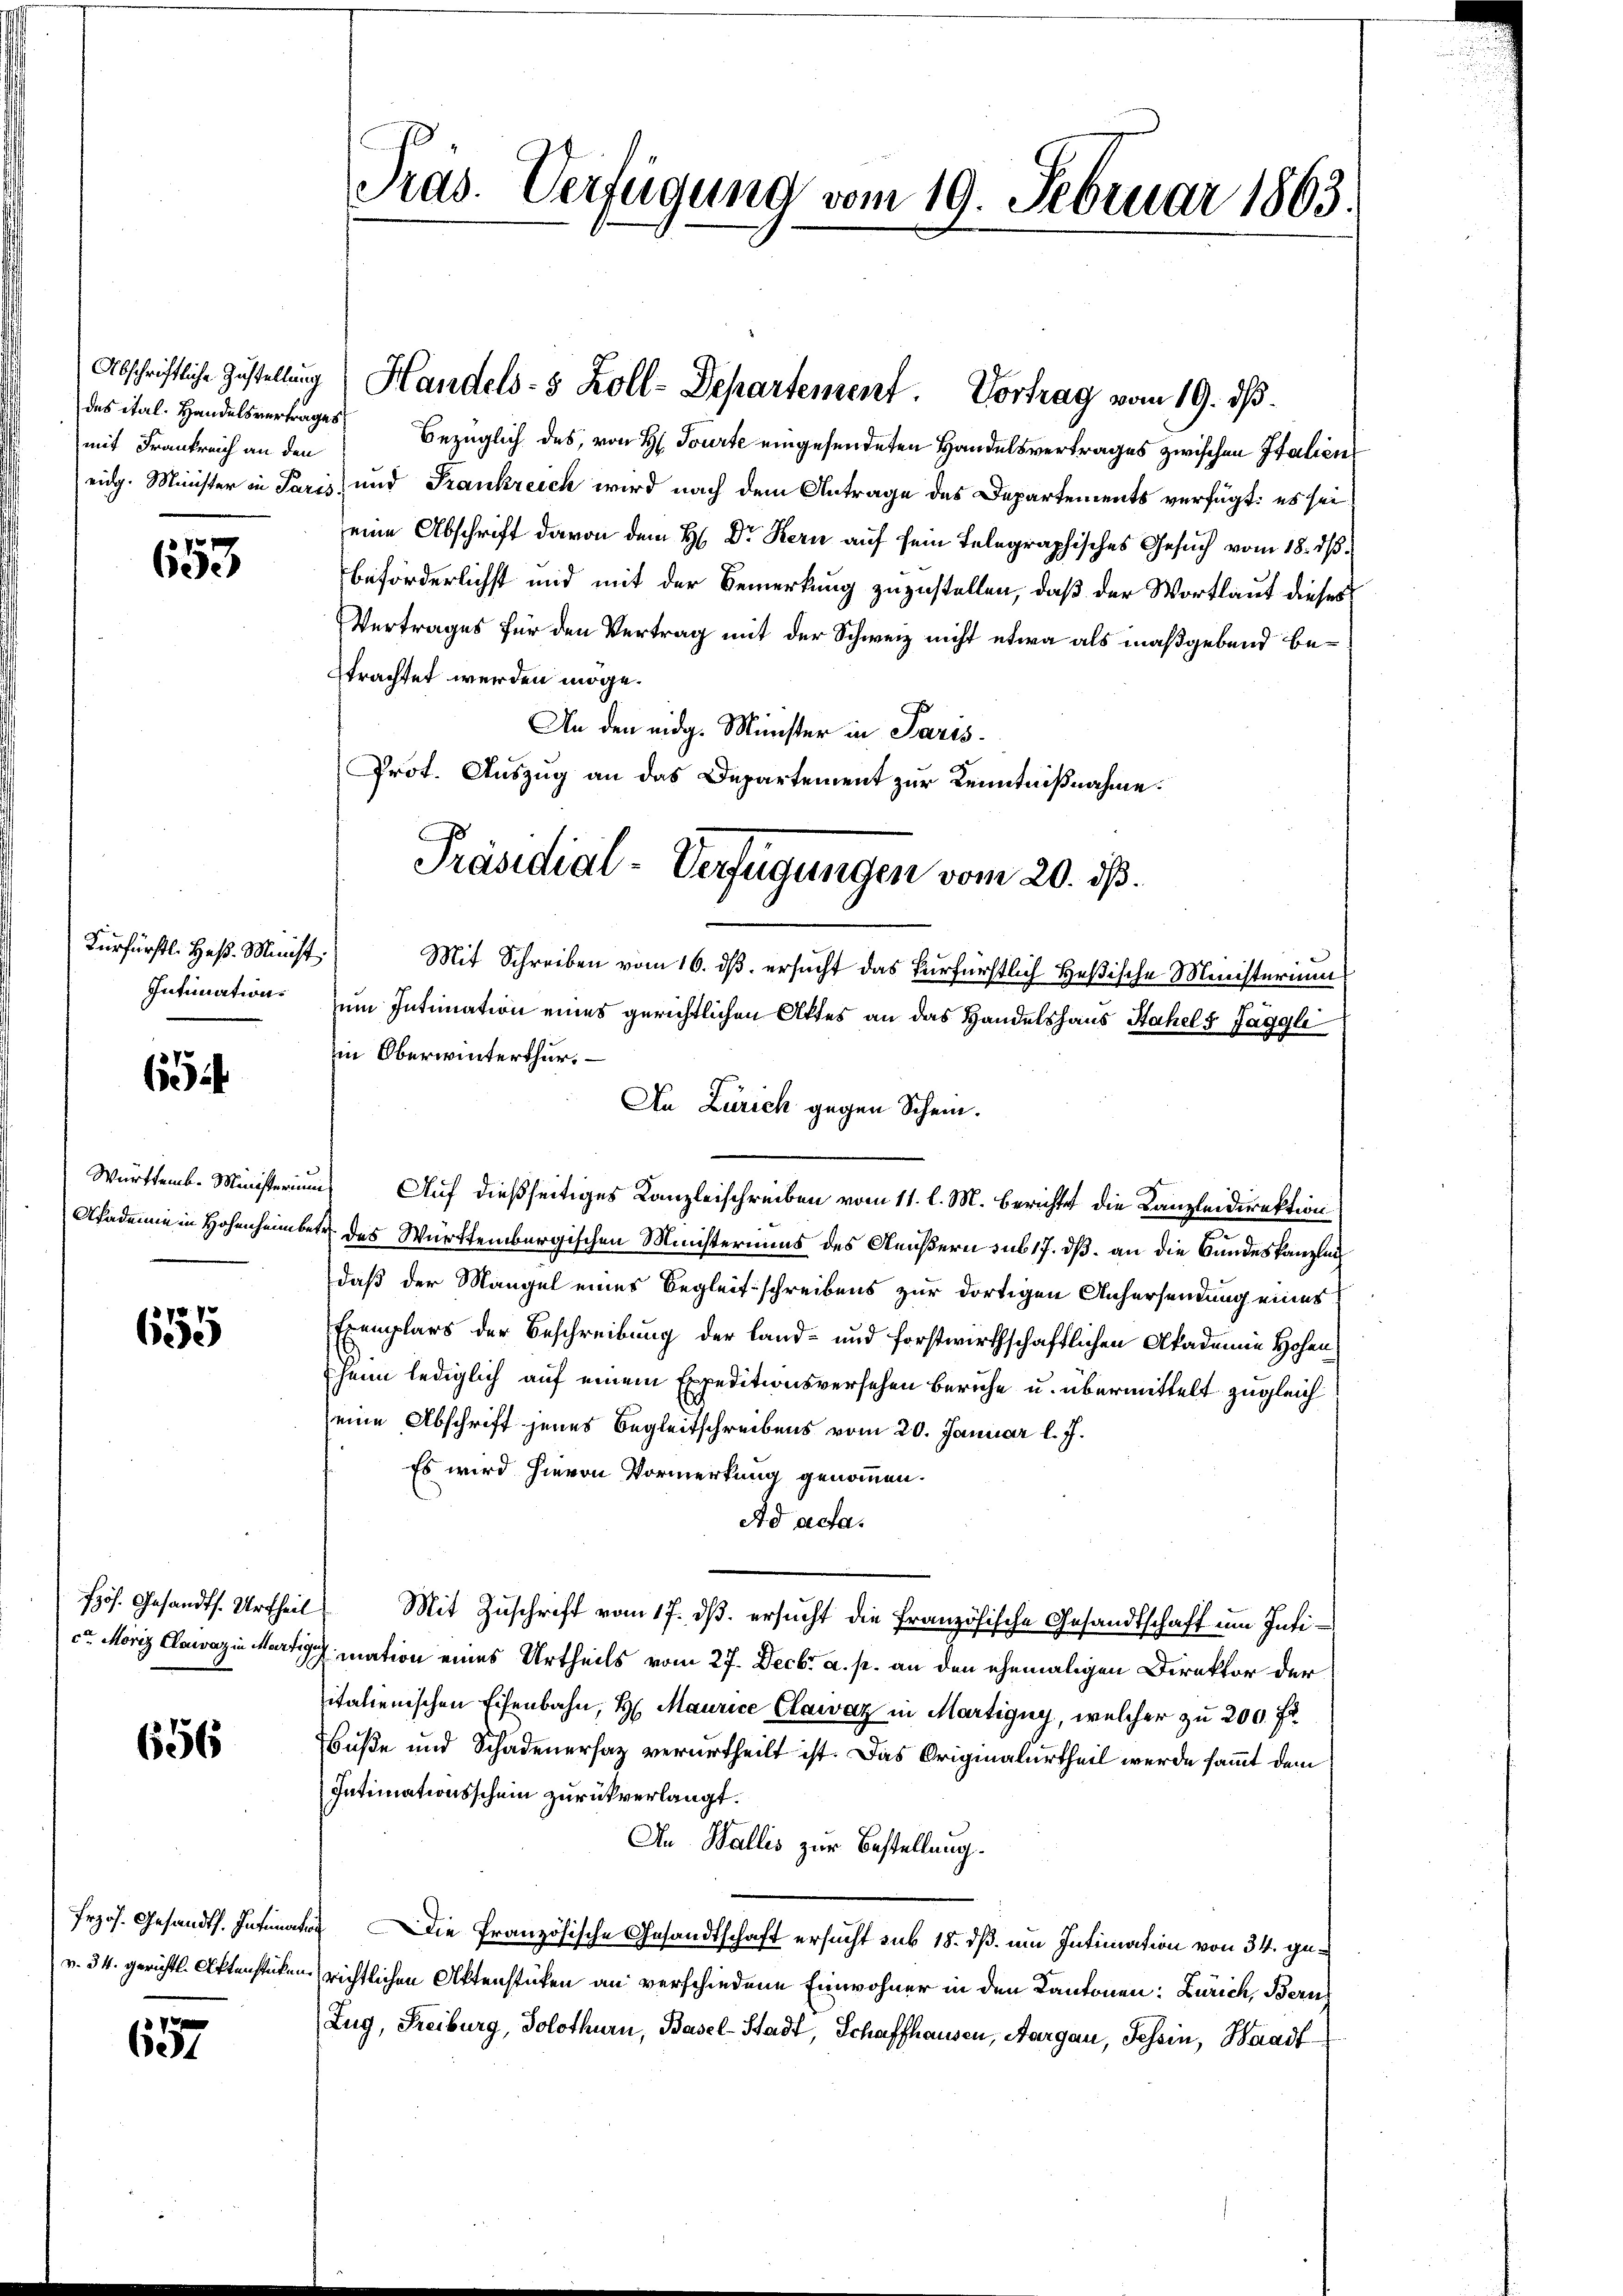
Abschriftliche Zustellung
mit Frankreich an den

653

Fürfürstl. Heß. Minist
Intimation

6

655

656

Erzös. Gesandts. Intimat
v. 34. gerichtl. Aktenstücken.

657

Pras. Verfügung vom 19. Februar 1863.

Handels- 5 Zoll-Departement. Vortrag vom 19. dß.

des ital. Handelsvertrages bezüglich des, von H. Tourte eingesendeten Handelsvertrages zwischen Italien
eidg. Minister in Paris, und Frankreich wird nach dem Antrage des Departements verfügt: es sei
eine Abschrift davon dem H. Dr Kern auf sein Telegraphisches Gesuch vom 18. ds.
beförderlichst und mit der Bemerkung zuzustellen, daß der Wortlaut dieser
Vertrages für den Vertrag mit der Schweiz nicht etwa als maßgebend betrachtet werden möge.
An den eidg. Minister in Paris
Prot. Auszug an das Departement zur Kenntnißnahme.
Mit Schreiben vom 16. ds. ersucht das furfürstlich Heßische Ministerium
um Intimation eines gerichtlichen Attes an das Handelshaus Stahel Jäggli
Im Oberwinterthur.
An Zürich gegen Schein.
Württemb. Ministerium Auf dießseitiges Kanzleischreiben vom 11. l. M. berichtet die Kanzleidirektion
Akademie in Hohenheimber des Württembergischen Ministeriums des Aeußern sub 17. dß. an die Bundeskanzlich
daß der Mangel eines Begleitschreibens zur dortigen Anhersendung eines
Exemplars der Beschreibung der Land- und forstwirthschaftlichen Akademie Hohen
heim lediglich auf einem Expeditionsversehen beruhe u. übermittelt zugleich
seine Abschrift jenes Begleitschreibens vom 20. Januar l. J.
Es wird hievon Vormerkung genommen.
Ad acta.
ös. Gesandts. Urtheil Mit Zŭschrift vom 17. dβ. ersŭcht die französische Gesandtschaft ŭm Intica Moriz Cawazin Martig, mation eines Urtheils vom 27. Decbr a. p. an den ehemaligen Direktor der
sitalienischen Eisenbahn, H. Maurice Clawaz in Martigny, welcher zu 200 Fr.
Buße und Schadenersatz verurtheilt ist. Das Originalurtheil werde sammt dem
Intimationsschein zurückverlangt.
An Wallis zur Bestellung.
b. Die Französische Gesandtschaft ersucht sub 18. dß. um Intimation von 34. gerichtlichen Aktenstücken an verschiedene Einwohner in den Kantonen: Zürich, Berns
Zug, Freiburg, Solothurn, Basel-Stadt, Schaffhausen, Aargau, Tessin, Waadt

Präsidial-Verfügungen vom 20. ds.